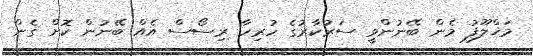
މަޚްލޫފު މެން ބޭނުންވީ ސަރުކާރުގެ ހުރިހާ ރިސޯސް އެއް ބޭނުން ކޮށް ގެން